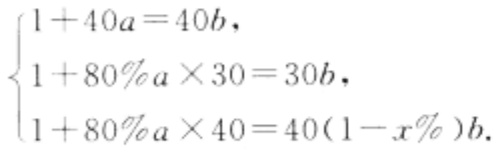
$\begin{cases}1 + 40a = 40b,\\1 + 80\%a\times30 = 30b,\\1 + 80\%a\times40 = 40(1 - x\%)b.\end{cases}$